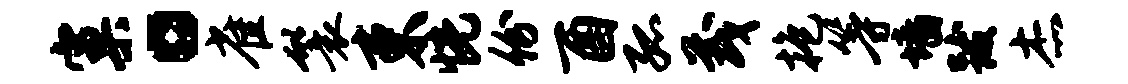
窠。雀鬟束恍份酉孤茂抱等墙跋杰